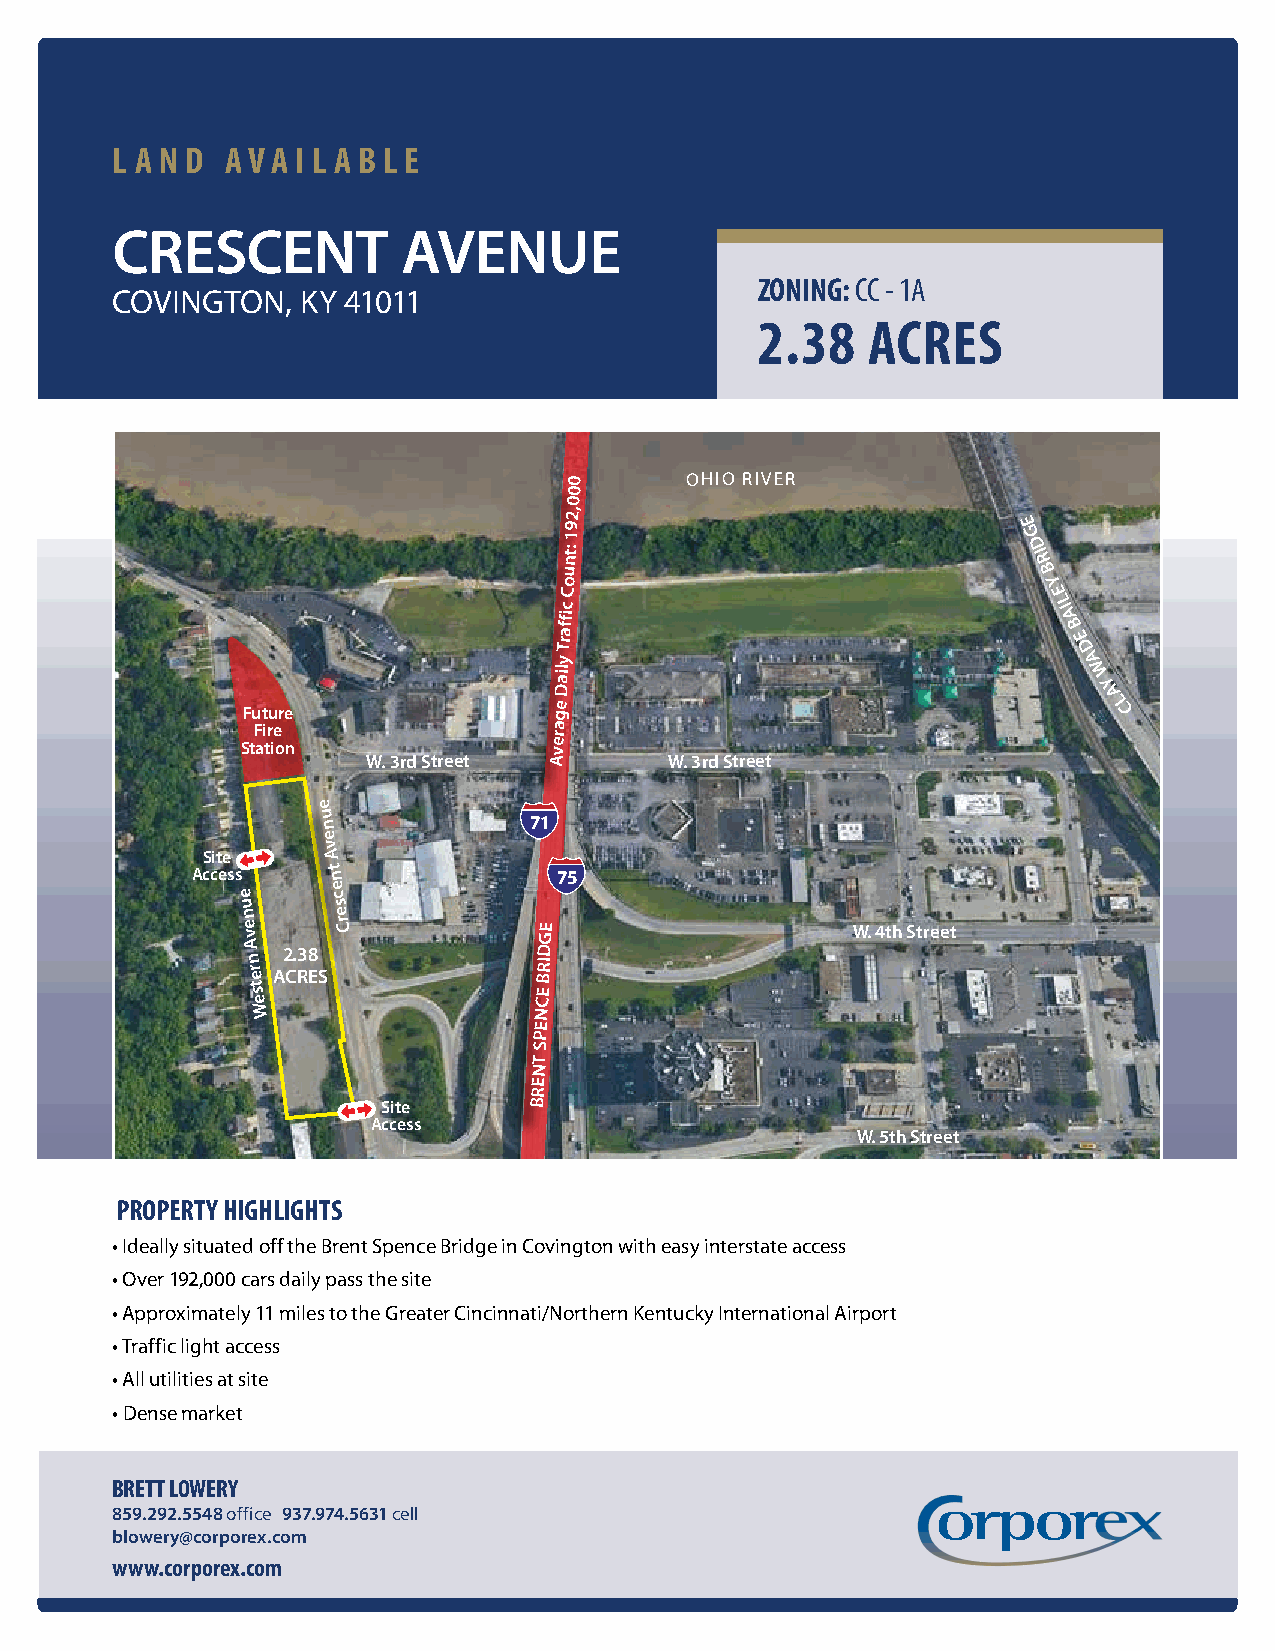
L A N D A V A I L A B L E
 CRESCENT            AVENUE
 ZONING: CC - 1A
 COVINGTON,   KY 41011
 2.38   ACRES
 0      OHIO RIVER
 0
 0
 2,
 9                             E
 1                              G
 nt:                            D I
 R
 ou                              B
 Y
 C                               E
 c                                LI
 affi                             A
 B
 Tr                                E
 D
 y                                  A
 ail                                W
 D                                   Y
 Future               ge
 A
 L C
 Fire               ra
 Station             ve
 W. 3rd Street A     W. 3rd Street
 e
 u
 n
 e
 v
 Site    A
 Access   t n
 e
 e     c
 u     s
 n     e
 e v   r C           GE                  W. 4th Street
 A
 n
 r e
 A2 C. R3 E8
 S
 BRID
 t s                E
 e                 C
 W                 N
 E
 P
 S
 T
 N
 E
 R
 Site      B
 Access
 W. 5th Street
 PROPERTY HIGHLIGHTS
 • Ideally situated off the Brent Spence Bridge in Covington with easy interstate access
 • Over 192,000 cars daily pass the site
 • Approximately 11 miles to the Greater Cincinnati/Northern Kentucky International Airport
 • Traffic light access
 • All utilities at site
 • Dense market
 BRETT LOWERY
 859.292.5548 office 937.974.5631 cell
 blowery@corporex.com
 www.corporex.com